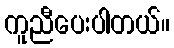
ကူညီပေးပါတယ်။